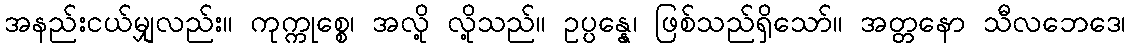
အနည်းငယ်မျှလည်း။ ကုက္ကုစ္စေ၊ အလို့ လို့သည်။ ဥပ္ပန္နေ၊ ဖြစ်သည်ရှိသော်။ အတ္တနော သီလဘေဒေ၊